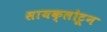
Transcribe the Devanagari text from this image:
सायक्लोट्रून